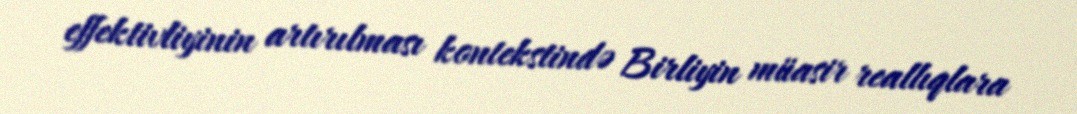
effektivliyinin artırılması kontekstində Birliyin müasir reallıqlara